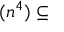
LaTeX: ( n ^ { 4 } ) \subseteq